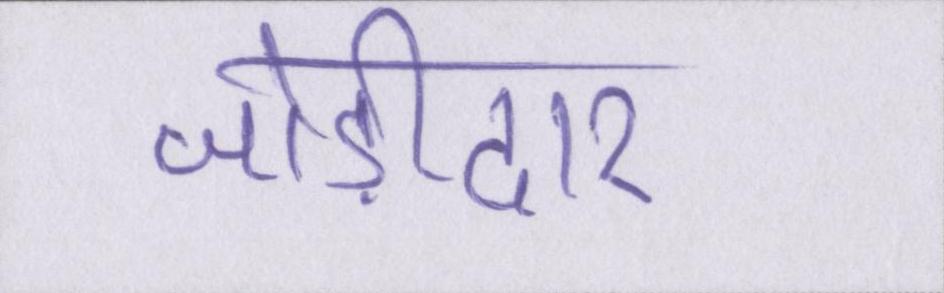
जोड़ीदार